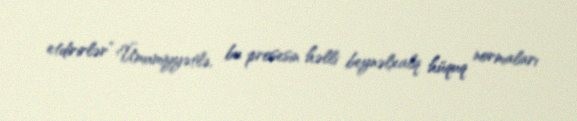
etdirirlər” Ümumiyyətlə, bu prosesin həlli beynəlxalq hüquq normaları